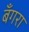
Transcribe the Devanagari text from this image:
बँगरा